Civil Veterinary Department. United Provinces 1923-31 - 1923-1931
Year: 1923
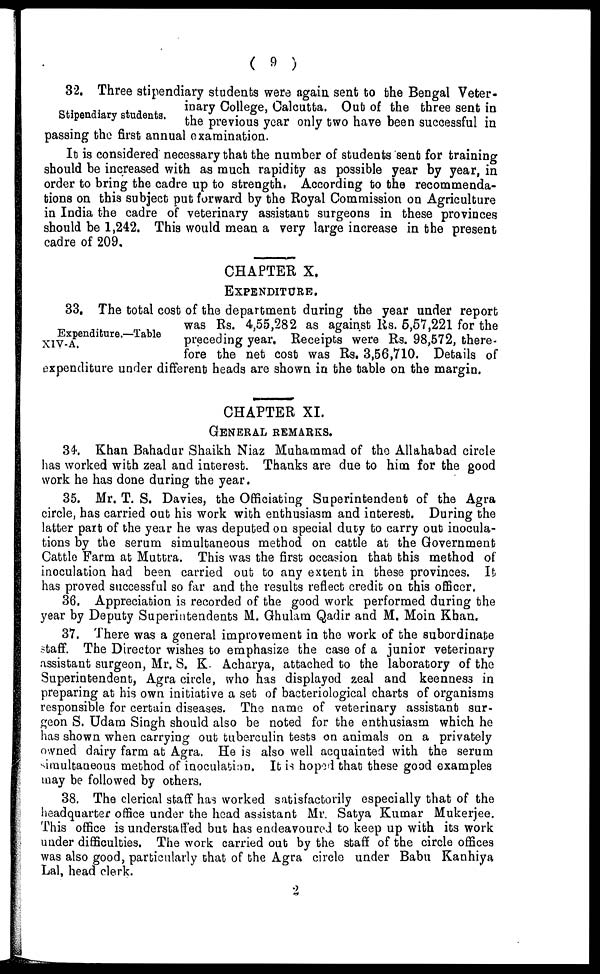
( 9 )
Stipendiary students.
32. Three stipendiary students were again sent to the Bengal Veter-
inary College, Calcutta. Out of the three sent in
the previous year only two have been successful in
passing the first annual examination.
It is considered necessary that the number of students sent for training
should be increased with as much rapidity as possible year by year, in
order to bring the cadre up bo strength. According bo the recommenda-
tions on this subject put forward by the Royal Commission on Agriculture
in India the cadre of veterinary assistant surgeons in these provinces
should be 1,242. This would mean a very large increase in the present
cadre of 209.
CHAPTER X,
EXPENDITURE.
Expenditure.—Table
XIV-A.
33, The total cost of the department during the year under report
was Rs. 4,55,282 as against lis. 5,57,221 for the
preceding year. Receipts were Rs. 98,572, there-
fore the net cost was Rs. 3,56,710. Details of
expenditure under different heads are shown in the table on the margin.
CHAPTER XI.
GENERAL REMARKS.
34. Khan Bahadur Shaikh Niaz Muhammad of the Allahabad circle
has worked with zeal and interest. Thanks are due to him for the good
work he has done during the year.
35. Mr. T. S. Davies, the Officiating Superintendent of the Agra
circle, has carried out his work with enthusiasm and interest. During the
latter part of the year he was deputed on special duty to carry out inocula-
tions by the serum simultaneous method on cattle at the Government
Cattle Farm at Muttra. This was the first occasion that this method of
inoculation had been carried out bo any extent in these provinces. It
has proved successful so far and the results reflect credit on this officer,
36. Appreciation is recorded of the good work performed during the
year by Deputy Superintendents M. Ghulam Qadir and M. Moin Khan.
37. There was a general improvement in the work of the subordinate
staff. The Director wishes to emphasize the case of a junior veterinary
assistant surgeon, Mr. S. K. Acharya, attached bo the laboratory of the
Superintendent, Agra circle, who has displayed zeal and keenness in
preparing at his own initiative a set of bacteriological charts of organisms
responsible for certain diseases. The name of veterinary assistant sur-
geon S. Udam Singh should also be noted for the enthusiasm which he
has shown when carrying out tuberculin tests on animals on. a privately
owned dairy farm at Agra. He is also well acquainted with the serum
simultaneous method of inoculation. It is hoped that these good examples
may be followed by others.
38. The clerical staff has worked satisfactorily especially that of the
headquarter office under the head assistant Mr. Satya Kumar Mukerjee.
This office is understaffed but has endeavoured to keep up with its work
under difficulties. The work carried out by the staff of the circle offices
was also good, particularly that of the Agra circle under Babu Kanhiya
Lal, head clerk.
2